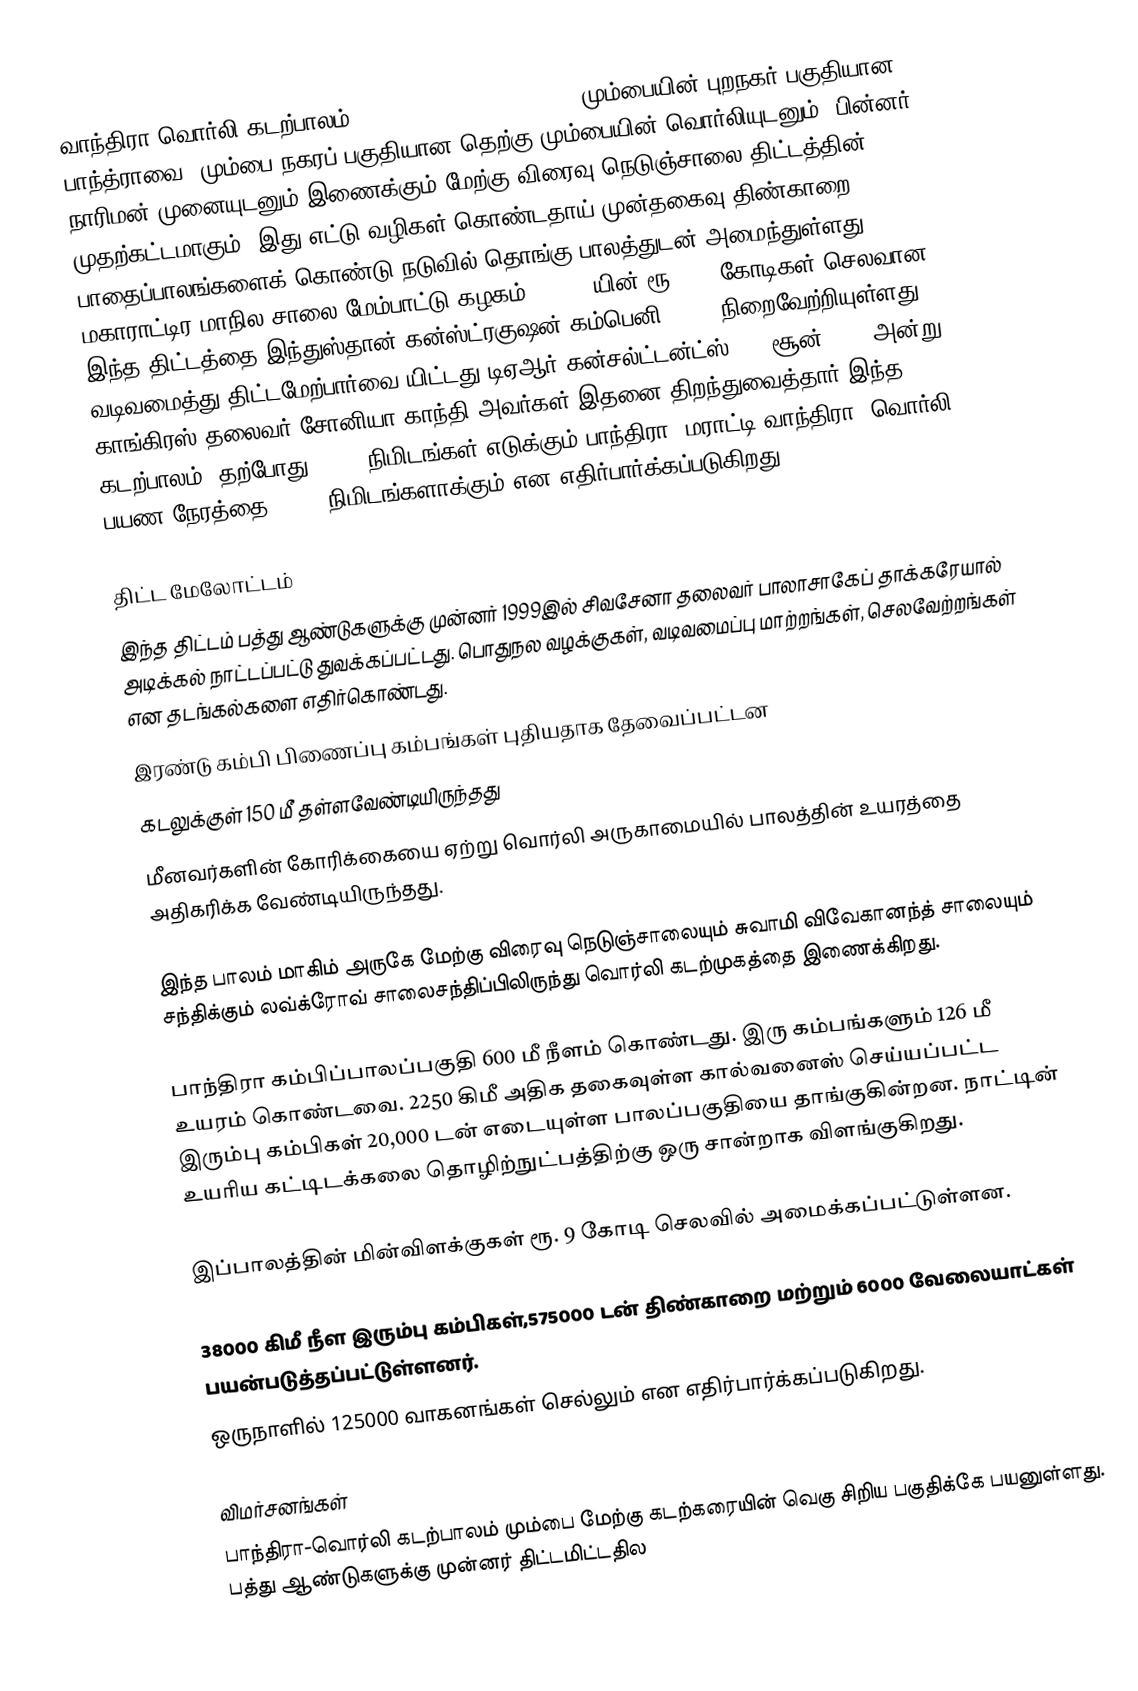
வாந்திரா-வொர்லி கடற்பாலம் (Bandra-Worli Sea Link, ) மும்பையின் புறநகர் பகுதியான பாந்த்ராவை, மும்பை நகரப் பகுதியான தெற்கு மும்பையின் வொர்லியுடனும், பின்னர் நாரிமன் முனையுடனும் இணைக்கும் மேற்கு விரைவு நெடுஞ்சாலை திட்டத்தின் முதற்கட்டமாகும். இது எட்டு வழிகள் கொண்டதாய் முன்தகைவு திண்காறை பாதைப்பாலங்களைக் கொண்டு நடுவில் தொங்கு பாலத்துடன் அமைந்துள்ளது. மகாராட்டிர மாநில சாலை மேம்பாட்டு கழகம் (MSRDC)யின் ரூ 1600 கோடிகள் செலவான இந்த திட்டத்தை இந்துஸ்தான் கன்ஸ்ட்ரகுஷன் கம்பெனி (HCC) நிறைவேற்றியுள்ளது. வடிவமைத்து திட்டமேற்பார்வை யிட்டது டிஏஆர் கன்சல்ட்டன்ட்ஸ். 30 சூன் 2009 அன்று காங்கிரஸ் தலைவர் சோனியா காந்தி அவர்கள் இதனை திறந்துவைத்தார்.இந்த கடற்பாலம், தற்போது 45-60 நிமிடங்கள் எடுக்கும் பாந்திரா (மராட்டி:வாந்திரா)-வொர்லி பயண நேரத்தை 07-08 நிமிடங்களாக்கும் என எதிர்பார்க்கப்படுகிறது.

திட்ட மேலோட்டம்
இந்த திட்டம் பத்து ஆண்டுகளுக்கு முன்னர் 1999இல் சிவசேனா தலைவர் பாலாசாகேப் தாக்கரேயால் அடிக்கல் நாட்டப்பட்டு துவக்கப்பட்டது. பொதுநல வழக்குகள், வடிவமைப்பு மாற்றங்கள், செலவேற்றங்கள் என தடங்கல்களை எதிர்கொண்டது.
 இரண்டு கம்பி பிணைப்பு கம்பங்கள் புதியதாக தேவைப்பட்டன
 கடலுக்குள் 150 மீ தள்ளவேண்டியிருந்தது
 மீனவர்களின் கோரிக்கையை ஏற்று வொர்லி அருகாமையில் பாலத்தின் உயரத்தை அதிகரிக்க வேண்டியிருந்தது.

இந்த பாலம் மாகிம் அருகே மேற்கு விரைவு நெடுஞ்சாலையும் சுவாமி விவேகானந்த் சாலையும் சந்திக்கும் லவ்க்ரோவ் சாலைசந்திப்பிலிருந்து வொர்லி கடற்முகத்தை இணைக்கிறது.

பாந்திரா கம்பிப்பாலப்பகுதி 600 மீ நீளம் கொண்டது. இரு கம்பங்களும் 126 மீ உயரம் கொண்டவை. 2250 கிமீ அதிக தகைவுள்ள கால்வனைஸ் செய்யப்பட்ட இரும்பு கம்பிகள் 20,000 டன் எடையுள்ள பாலப்பகுதியை தாங்குகின்றன. நாட்டின் உயரிய கட்டிடக்கலை தொழிற்நுட்பத்திற்கு ஒரு சான்றாக விளங்குகிறது.

 இப்பாலத்தின் மின்விளக்குகள் ரூ. 9 கோடி செலவில் அமைக்கப்பட்டுள்ளன.

 38000 கிமீ நீள இரும்பு கம்பிகள்,575000 டன் திண்காறை மற்றும் 6000 வேலையாட்கள் பயன்படுத்தப்பட்டுள்ளனர்.
 ஒருநாளில் 125000 வாகனங்கள் செல்லும் என எதிர்பார்க்கப்படுகிறது.

விமர்சனங்கள்
பாந்திரா-வொர்லி கடற்பாலம் மும்பை மேற்கு கடற்கரையின் வெகு சிறிய பகுதிக்கே பயனுள்ளது. பத்து ஆண்டுகளுக்கு முன்னர் திட்டமிட்டதில